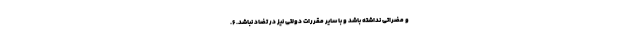
و مضراتی نداشته باشد و با سایر مقررات دولتی نیز در تضاد نباشد. ۶.